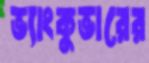
ভ্যাংকুভারের